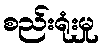
စည်းရုံးမှု